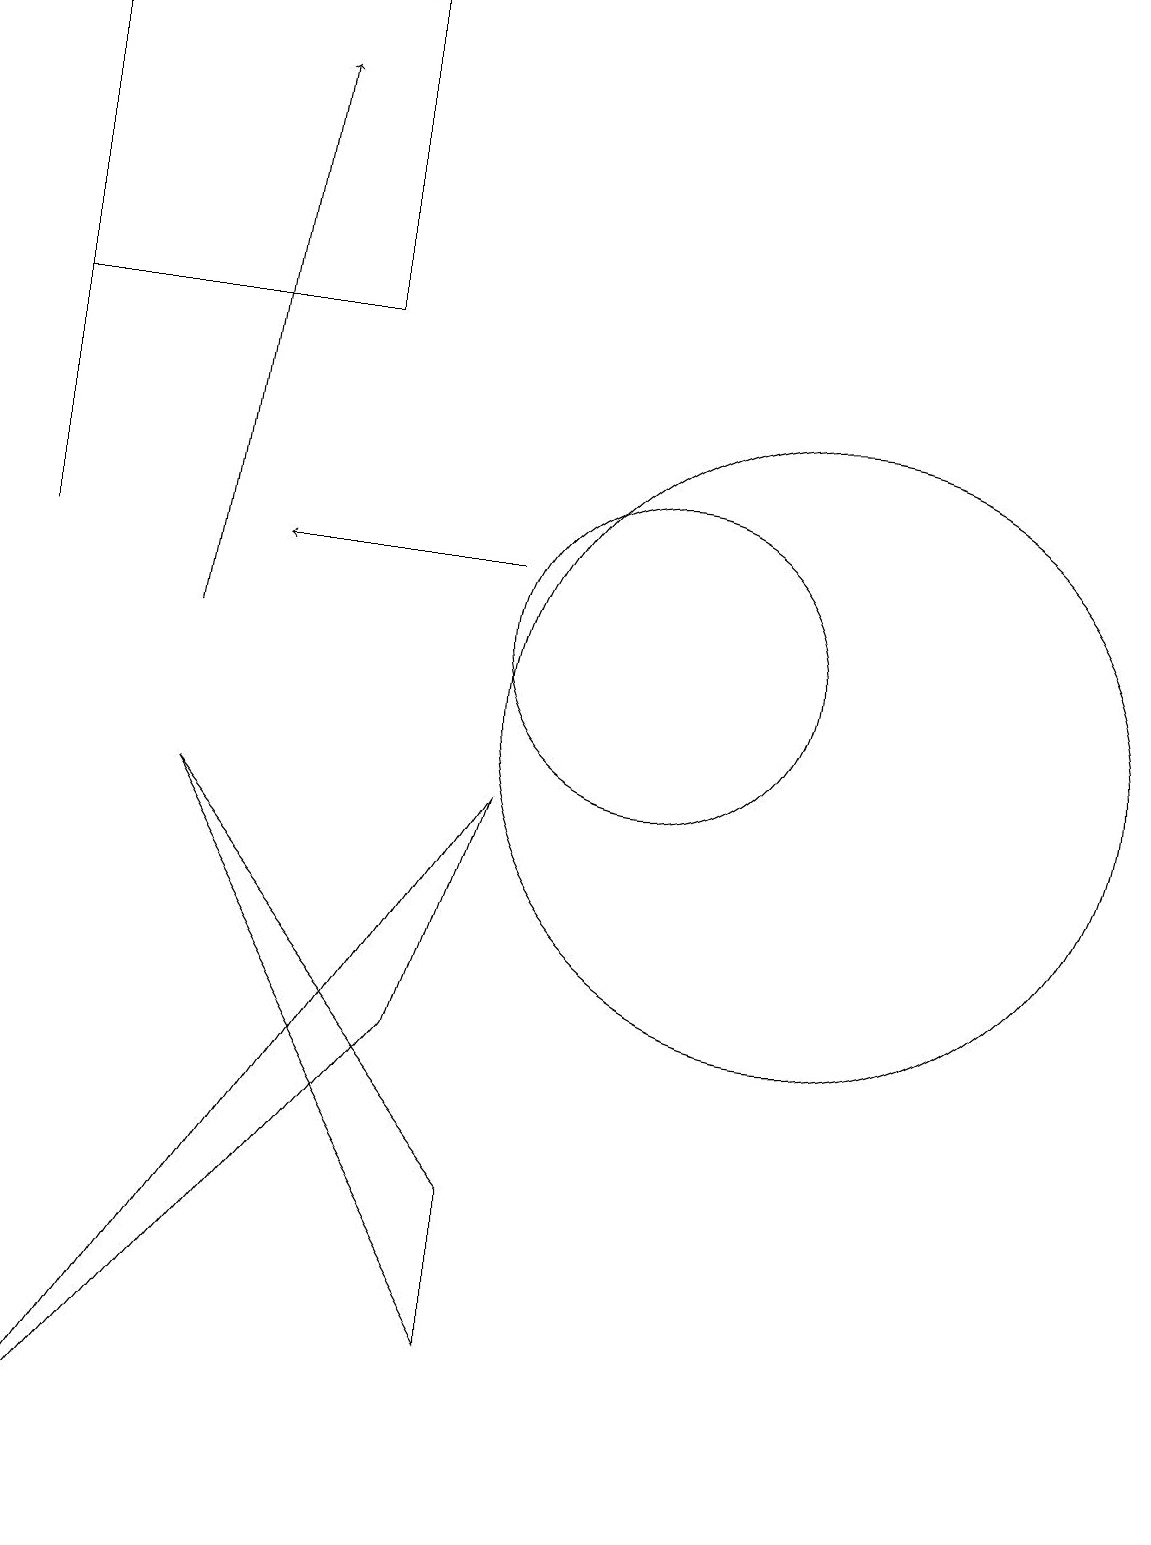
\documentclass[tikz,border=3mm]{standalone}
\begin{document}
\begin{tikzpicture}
\draw[->] (8,12) -- (5,12);
\draw (8,4) -- (4,9) -- (8,2) -- cycle;
\draw (12,10) circle (4);
\draw (7,6) -- (2,0) -- (8,9) -- cycle;
\draw[->] (4,11) -- (5,18);
\draw (6,19) rectangle (2,15);
\draw (2,18) rectangle (2,12);
\draw (10,11) circle (2);
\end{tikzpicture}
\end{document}